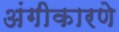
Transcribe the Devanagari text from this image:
अंगीकारणे